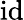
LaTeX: \mathrm{id}